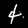
Label: 4